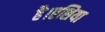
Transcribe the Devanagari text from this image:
है।एशिया